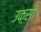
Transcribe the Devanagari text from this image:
उक़्सी